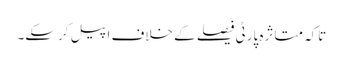
تاکہ متاثرہ پارٹی فیصلے کے خلاف اپیل کرسکے۔